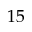
1 5